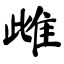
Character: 雌